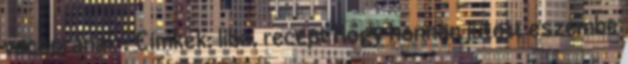
vacsorának : Címkék: liba, recept Hogy honnan jutott eszembe